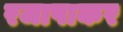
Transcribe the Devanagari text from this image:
रजापाकर